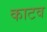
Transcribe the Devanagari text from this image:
काटव